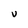
Character: U